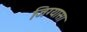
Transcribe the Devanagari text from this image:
जिग्यासा